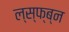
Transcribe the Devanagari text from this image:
ल्स्फ्ब्न